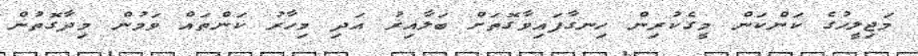
މަޖިލީހުގެ ކަންކަން މީގެކުރިން ހިނގާފައިވާގޮތަށް ބަލާއިރު އަދި މިހާރު ކަންތައް ވަމުން މިދާގޮތުން